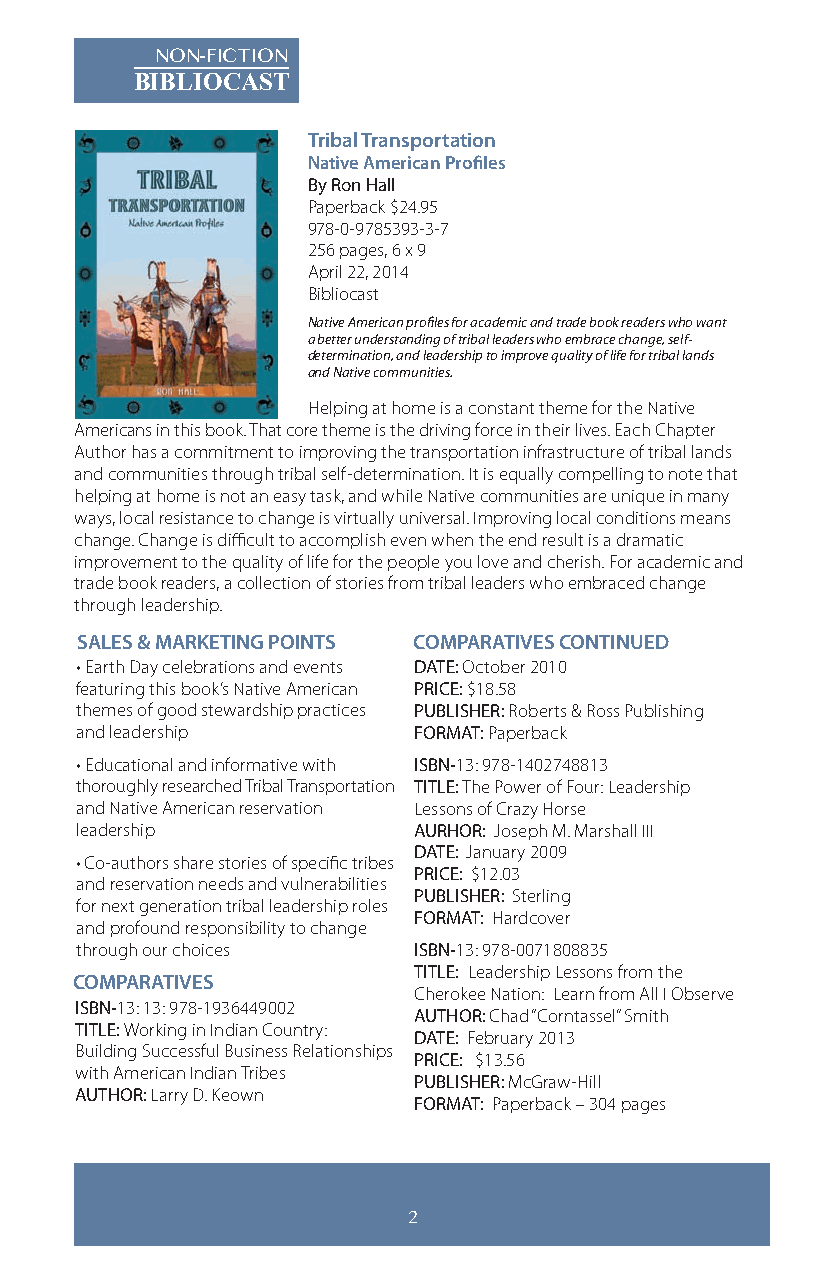
NON-FICTION
 BIBLIOCAST
 Tribal Transportation
 Native American Profiles
 By Ron Hall
 Paperback $24.95
 978-0-9785393-3-7
 256 pages, 6 x 9
 April 22, 2014
 Bibliocast
 Native American profiles for academic and trade book readers who want
 a better understanding of tribal leaders who embrace change, self-
 determination, and leadership to improve quality of life for tribal lands
 and Native communities.
 Helping at home is a constant theme for the Native
 Americans in this book. That core theme is the driving force in their lives. Each Chapter
 Author has a commitment to improving the transportation infrastructure of tribal lands
 and communities through tribal self-determination. It is equally compelling to note that
 helping at home is not an easy task, and while Native communities are unique in many
 ways, local resistance to change is virtually universal. Improving local conditions means
 change. Change is difficult to accomplish even when the end result is a dramatic
 improvement to the quality of life for the people you love and cherish. For academic and
 trade book readers, a collection of stories from tribal leaders who embraced change
 through leadership.
 SALES & MARKETING POINTS COMPARATIVES CONTINUED
 • Earth Day celebrations and events DATE: October 2010
 featuring this book’s Native American PRICE: $18.58
 themes of good stewardship practices PUBLISHER: Roberts & Ross Publishing
 and leadership        FORMAT: Paperback
 • Educational and informative with ISBN-13: 978-1402748813
 thoroughly researched Tribal Transportation TITLE: The Power of Four: Leadership
 and Native American reservation Lessons of Crazy Horse
 leadership            AURHOR: Joseph M. Marshall III
 DATE: January 2009
 • Co-authors share stories of specific tribes
 PRICE: $12.03
 and reservation needs and vulnerabilities
 PUBLISHER: Sterling
 for next generation tribal leadership roles
 FORMAT: Hardcover
 and profound responsibility to change
 through our choices   ISBN-13: 978-0071808835
 TITLE: Leadership Lessons from the
 COMPARATIVES
 Cherokee Nation: Learn from All I Observe
 ISBN-13: 13: 978-1936449002
 AUTHOR: Chad “Corntassel” Smith
 TITLE: Working in Indian Country:
 DATE: February 2013
 Building Successful Business Relationships
 PRICE: $13.56
 with American Indian Tribes
 PUBLISHER: McGraw-Hill
 AUTHOR: Larry D. Keown
 FORMAT: Paperback – 304 pages
 2